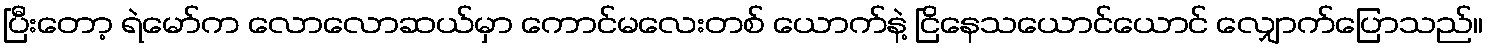
ပြီးတော့ ရဲမော်က လောလောဆယ်မှာ ကောင်မလေးတစ် ယောက်နဲ့ ငြိနေသယောင်ယောင် လျှောက်ပြောသည်။